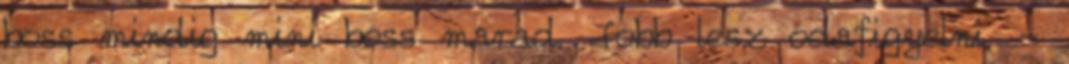
boss mindig mini boss marad. Jobb lesz odafigyelni. -